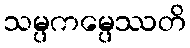
သမ္ပကမ္ပေဿတိ